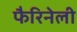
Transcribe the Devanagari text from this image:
फैरिनेली